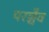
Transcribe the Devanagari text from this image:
परञ्चैव